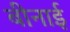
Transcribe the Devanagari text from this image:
बीनाई